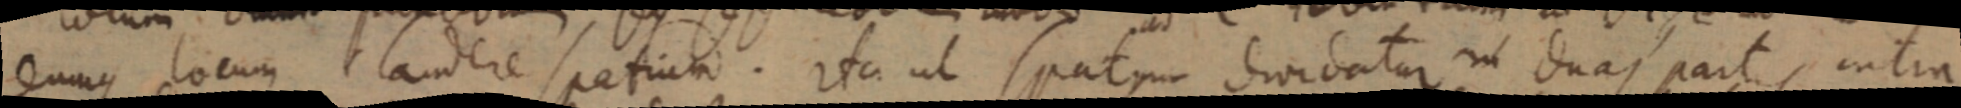
eumque locum laudere spatium. ita ut spatum dividatur in duas parts, intra